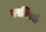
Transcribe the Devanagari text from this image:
तरन्तिनो